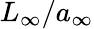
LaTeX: L_{\infty}/a_{\infty}